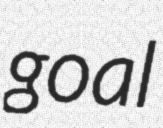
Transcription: goal